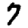
Digit: 7